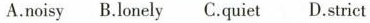
A.noisy B.Lonely C.Quiet D.Strict